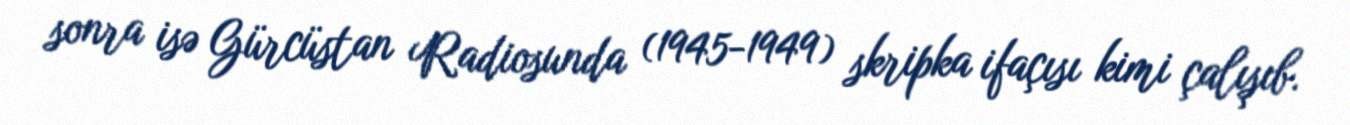
sonra isə Gürcüstan Radiosunda (1945-1949) skripka ifaçısı kimi çalışıb.